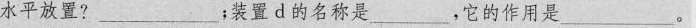
水平放置?__________；装置d的名称是__，它的作用是__________。